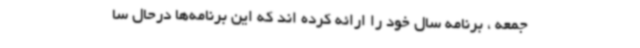
جمعه ، برنامه سال خود را ارائه کرده اند که این برنامه‌ها درحال سا